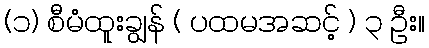
(၁) စီမံထူးချွန် ( ပထမအဆင့် ) ၃ ဦး။